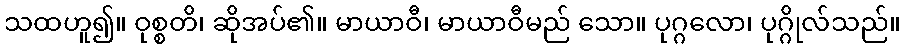
သထဟူ၍။ ဝုစ္စတိ၊ ဆိုအပ်၏။ မာယာဝီ၊ မာယာဝီမည် သော။ ပုဂ္ဂလော၊ ပုဂ္ဂိုလ်သည်။